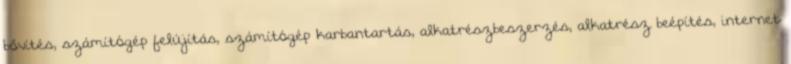
bővítés, számítógép felújítás, számítógép karbantartás, alkatrészbeszerzés, alkatrész beépítés, internet